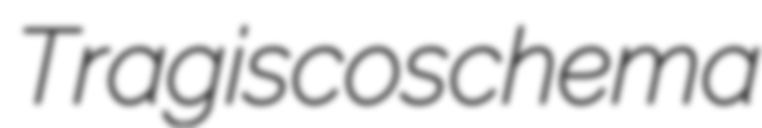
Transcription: Tragiscoschema